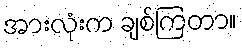
အားလုံးက ချစ်ကြတာ။